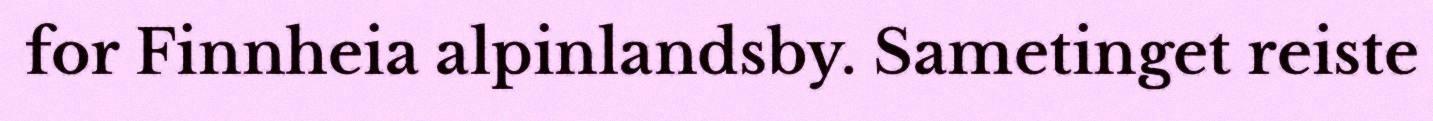
for Finnheia alpinlandsby. Sametinget reiste